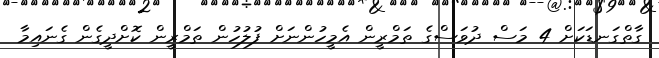
ގާތްގަނޑަކަށް 4 މަސް ދުވަސްގެ ތަމްރީން އެމީހުންނަށް ފުލުހުން ތަމްރީން ކޮށްދީގެން ގެނައިމާ